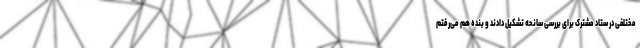
مختلفی در ستاد مشترک برای بررسی سانحه تشکیل دادند و بنده هم می‌رفتم